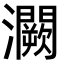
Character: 灍